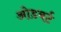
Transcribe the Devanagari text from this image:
ओडबर्ट